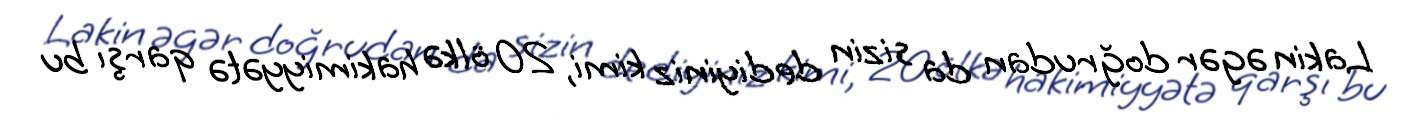
Lakin əgər doğrudan da sizin dediyiniz kimi, 20 ölkə hakimiyyətə qarşı bu